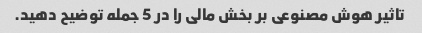
تاثیر هوش مصنوعی بر بخش مالی را در 5 جمله توضیح دهید.